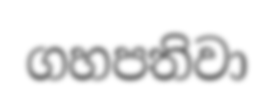
ගහපතිවා